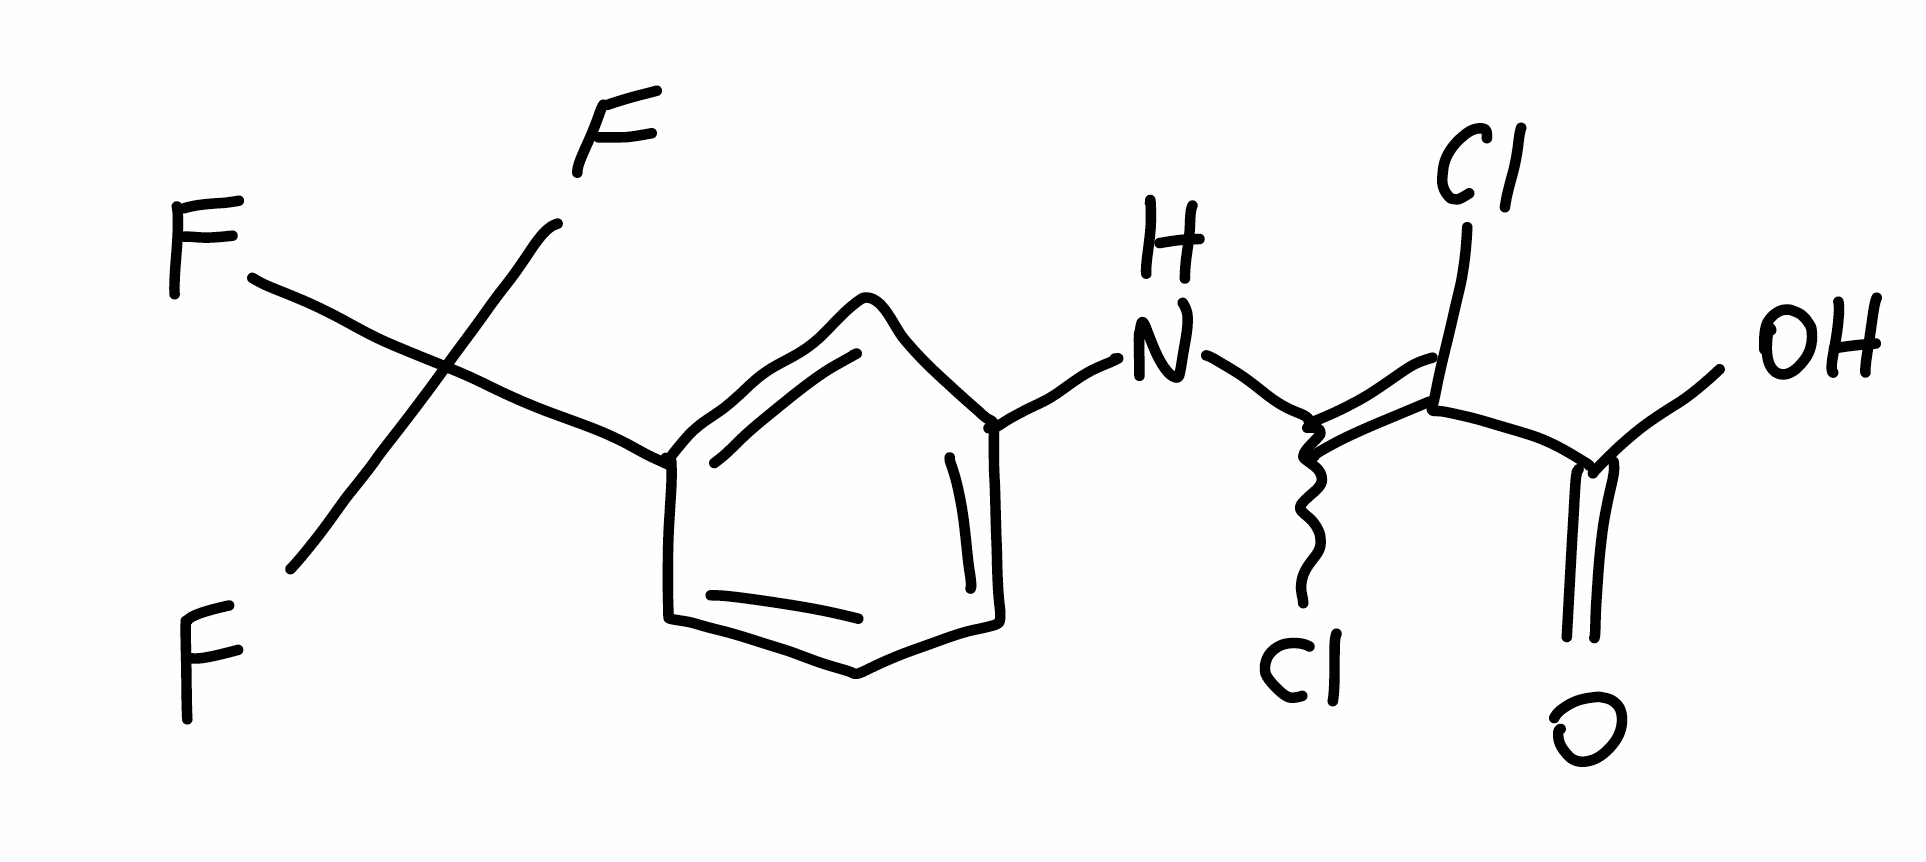
Simplified molecular-input line-entry system (SMILES) notation of the given molecule:
C1=CC(=CC(=C1)NC(=C(C(=O)O)Cl)Cl)C(F)(F)F